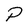
Character: P